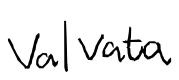
Text: Valvata
Cross-out: clean
Writing tool: digital_black